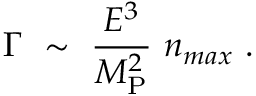
\Gamma ~ \sim ~ { \frac { E ^ { 3 } } { M _ { \mathrm { P } } ^ { 2 } } } ~ n _ { m a x } ~ .